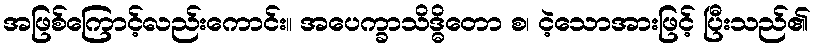
အဖြစ်ကြောင့်လည်းကောင်း။ အပေက္ခာသိဒ္ဓိတော စ၊ ငဲ့သောအားဖြင့် ပြီးသည်၏